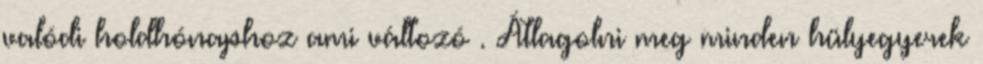
valódi holdhónaphoz ami változó . Átlagolni meg minden hülyegyerek